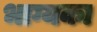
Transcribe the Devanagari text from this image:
भाग्यका